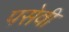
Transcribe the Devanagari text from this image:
पसेवी